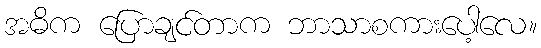
အဓိက ပြောချင်တာက ဘာသာစကားပေါ့လေ။